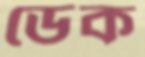
ডেক